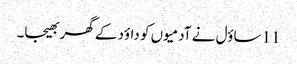
11 ساؤل نے آدمیوں کو داؤد کے گھر بھیجا۔